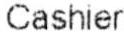
CASHIER